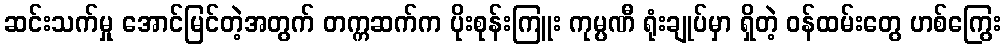
ဆင်းသက်မှု အောင်မြင်တဲ့အတွက် တက္ကဆက်က ပိုးစုန်းကြူး ကုမ္ပဏီ ရုံးချုပ်မှာ ရှိတဲ့ ဝန်ထမ်းတွေ ဟစ်ကြွေး